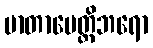
မာတာပေတ္တိဘရော